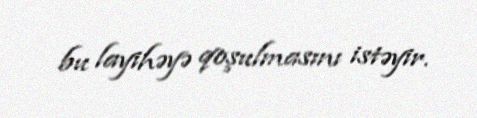
bu layihəyə qoşulmasını istəyir.